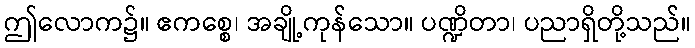
ဤလောက၌။ ဧကစ္စေ၊ အချို့ကုန်သော။ ပဏ္ဍိတာ၊ ပညာရှိတို့သည်။